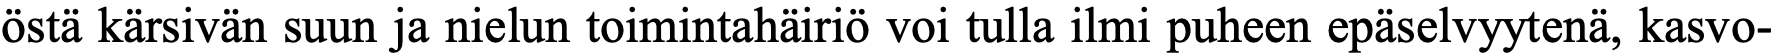
östä kärsivän suun ja nielun toimintahäiriö voi tulla ilmi puheen epäselvyytenä, kasvo-